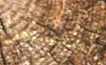
أستمتعوا